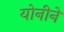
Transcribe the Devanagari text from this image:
योनीने